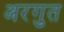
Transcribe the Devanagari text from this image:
अरगुत